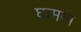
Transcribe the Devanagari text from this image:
घाममा